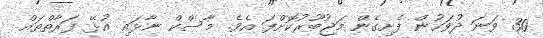
30 ވަނަ ދުވަހުން ފެށިގެން މަޖުބޫރުކޮށްފަ އެވެ. މާސްކް ނާޅައި އުޅޭ ފަރާތްތައް